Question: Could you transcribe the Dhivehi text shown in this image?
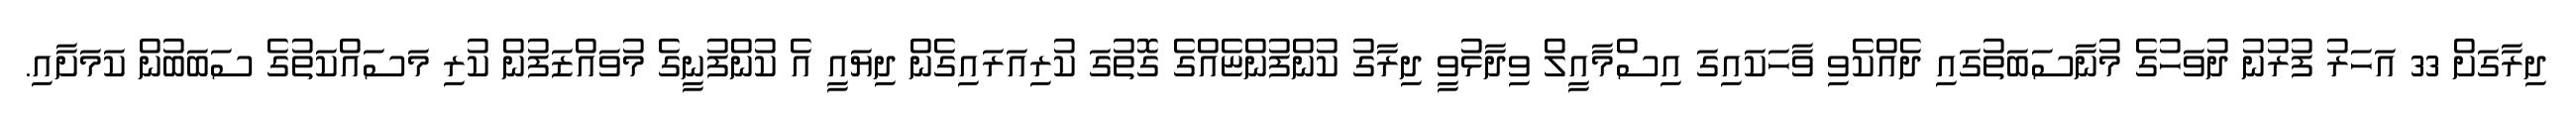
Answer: ދިރާގަށް 33 އަހަރު ފުރުނު ދުވަހުގެ މުނާސަބަތުގައި ދެއްކެވި ވާހަކައިގަ އިސްމާއީލް ވިދާޅުވީ ދިރާގު ކުންފުންޏެއްގެ ގޮތުގަ ކުރިއަރައިގެން ދިޔައީ އެ ކުންފުނީގެ މުވައްޒަފުން ކުރި މަސައްކަތުގެ ސަބަބުން ކަމަށާއި.